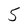
Character: 5